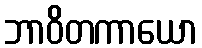
ဘာဝိတကာယော